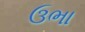
ઉભા